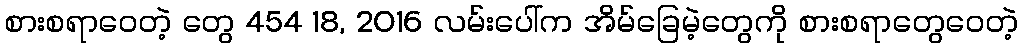
စားစရာဝေတဲ့ တွေ 454 18, 2016 လမ်းပေါ်က အိမ်ခြေမဲ့တွေကို စားစရာတွေဝေတဲ့